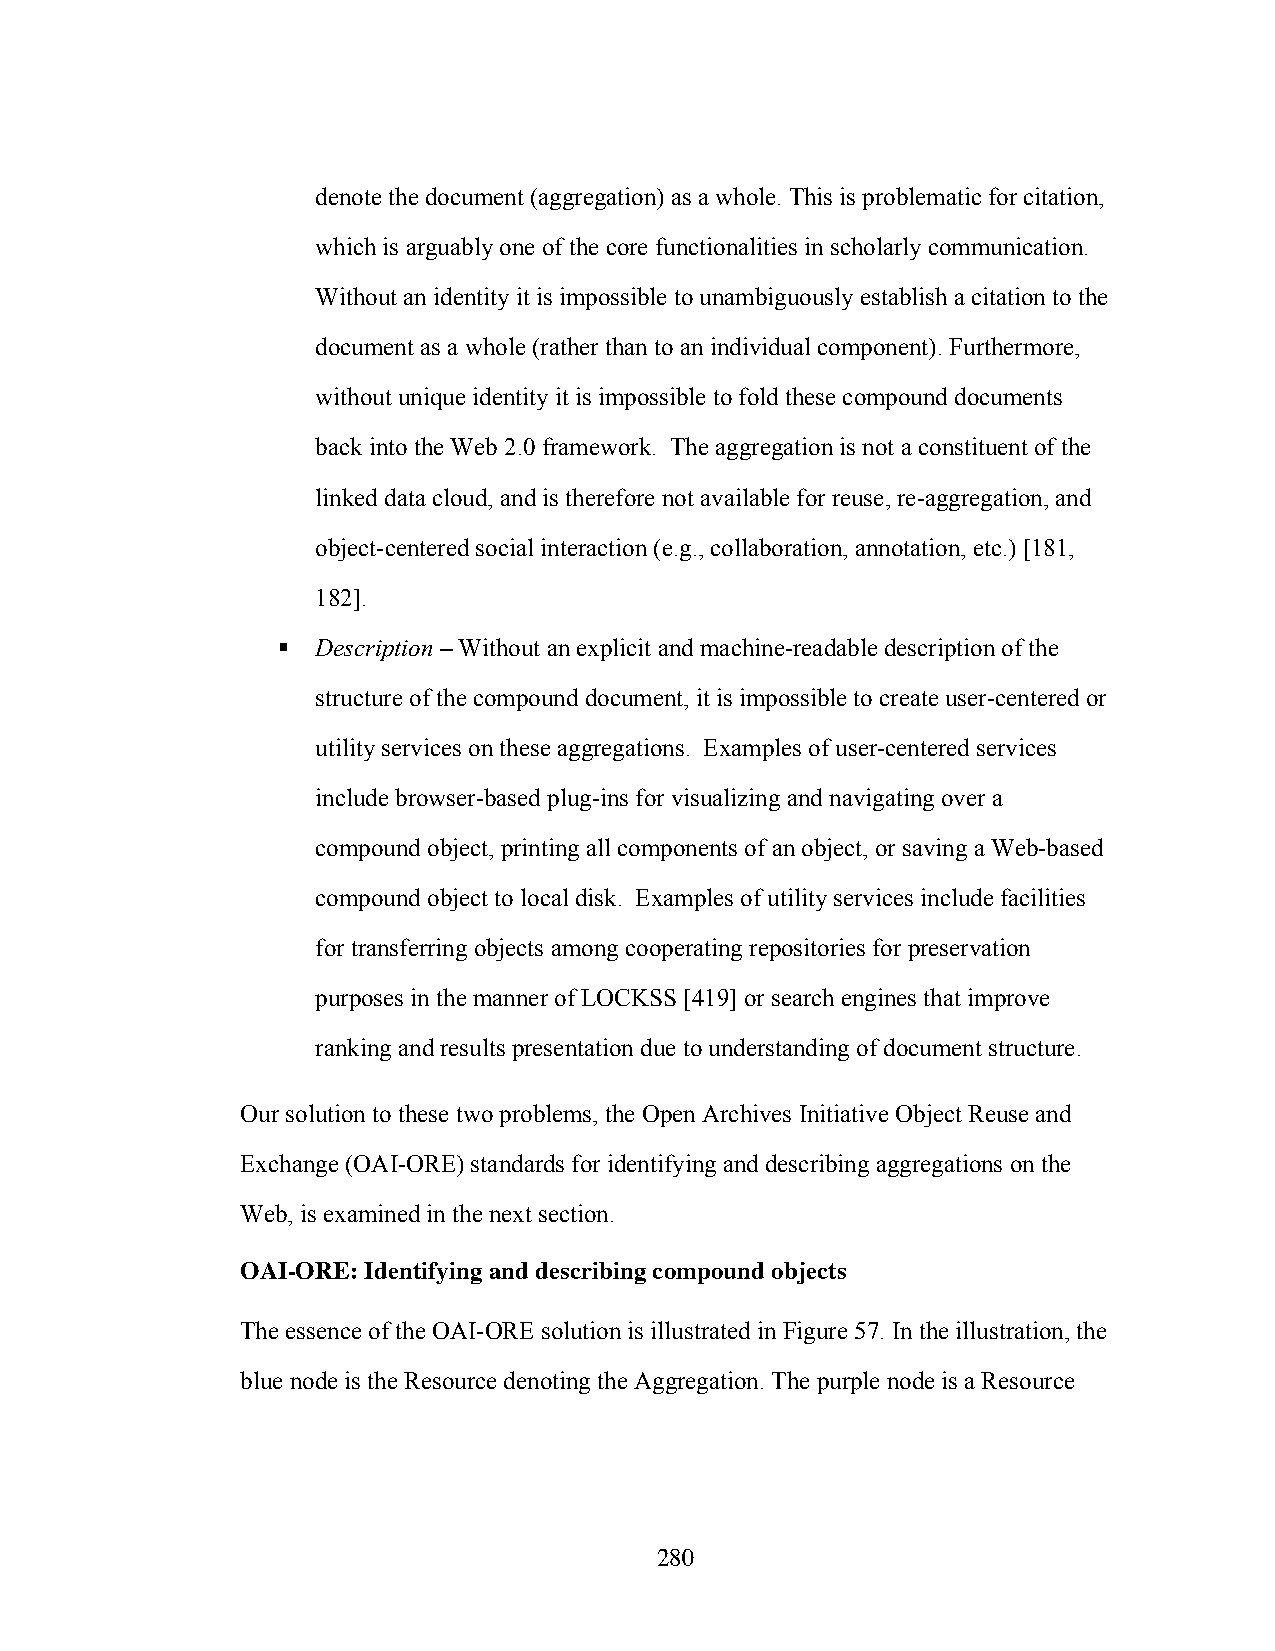
denote the document (aggregation) as a whole. This is problematic for citation,
 which is arguably one of the core functionalities in scholarly communication.
 Without an identity it is impossible to unambiguously establish a citation to the
 document as a whole (rather than to an individual component). Furthermore,
 without unique identity it is impossible to fold these compound documents
 back into the Web 2.0 framework. The aggregation is not a constituent of the
 linked data cloud, and is therefore not available for reuse, re-aggregation, and
 object-centered social interaction (e.g., collaboration, annotation, etc.) [181,
 182].
   Description – Without an explicit and machine-readable description of the
 structure of the compound document, it is impossible to create user-centered or
 utility services on these aggregations. Examples of user-centered services
 include browser-based plug-ins for visualizing and navigating over a
 compound object, printing all components of an object, or saving a Web-based
 compound object to local disk. Examples of utility services include facilities
 for transferring objects among cooperating repositories for preservation
 purposes in the manner of LOCKSS [419] or search engines that improve
 ranking and results presentation due to understanding of document structure.
 Our solution to these two problems, the Open Archives Initiative Object Reuse and
 Exchange (OAI-ORE) standards for identifying and describing aggregations on the
 Web, is examined in the next section.
 OAI-ORE: Identifying and describing compound objects
 The essence of the OAI-ORE solution is illustrated in Figure 57. In the illustration, the
 blue node is the Resource denoting the Aggregation. The purple node is a Resource
 280